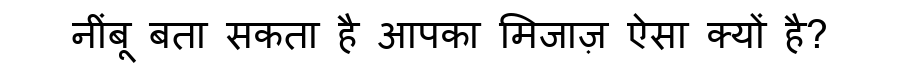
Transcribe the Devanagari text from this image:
नींबू बता सकता है आपका मिजाज़ ऐसा क्यों है?